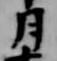
月